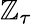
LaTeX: \mathbb{Z}_{\tau}